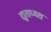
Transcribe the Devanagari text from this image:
द्यूताध्यक्ष